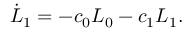
\dot { L } _ { 1 } = - c _ { 0 } L _ { 0 } - c _ { 1 } L _ { 1 } .